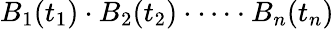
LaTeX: B_{1}(t_{1})\cdot B_{2}(t_{2})\cdot\dots\cdot B_{n}(t_{n})